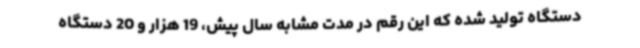
دستگاه تولید شده که این رقم در مدت مشابه سال پیش، 19 هزار و 20 دستگاه